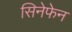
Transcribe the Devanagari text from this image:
सिनेफेन